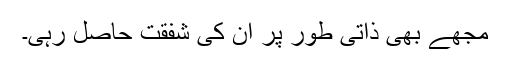
مجھے بھی ذاتی طور پر ان کی شفقت حاصل رہی۔